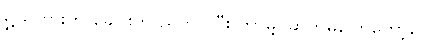
ရွှယ်ဟွားက ခေါင်းကို ညိတ်ပြပြီး ဘာမျှ ဆက်မပြောတော့ပေ။